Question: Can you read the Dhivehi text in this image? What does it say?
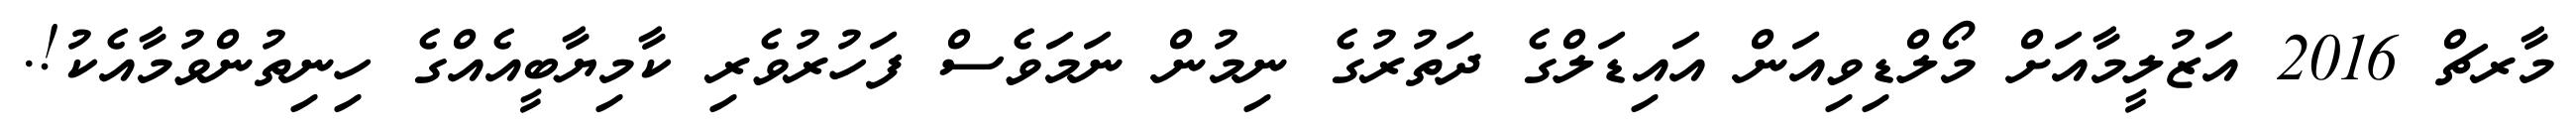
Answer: މާރޗް 2016 އަޒުލީމާއަށް މޯލްޑިވިއަން އައިޑަލްގެ ދަތުރުގެ ނިމުން ނަމަވެސް ފަހުރުވެރި ކާމިޔާބީއެއްގެ ހިނިތުންވުމާއެކު!.